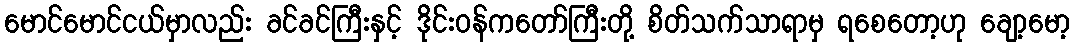
မောင်မောင်ငယ်မှာလည်း ခင်ခင်ကြီးနှင့် ဒိုင်းဝန်ကတော်ကြီးတို့ စိတ်သက်သာရာမှ ရစေတော့ဟု ချော့မော့